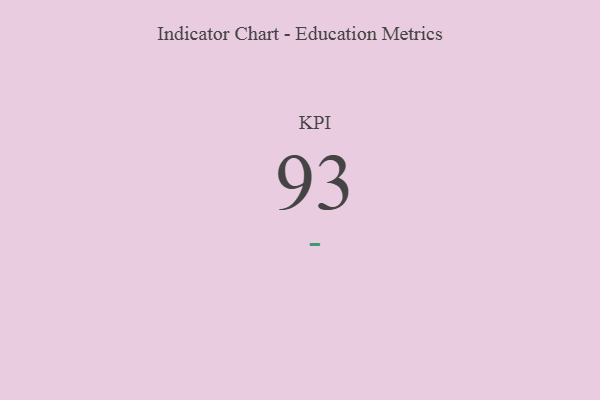
{"axis": {"x": "KPI", "y": "Value"}, "legend": [""], "data": [{"x": "KPI", "y": 93, "type": ""}]}